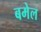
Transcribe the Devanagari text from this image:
बमेल